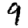
Digit: 9